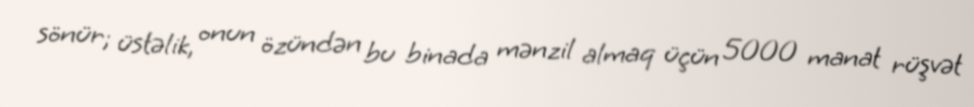
sönür; üstəlik, onun özündən bu binada mənzil almaq üçün 5000 manat rüşvət